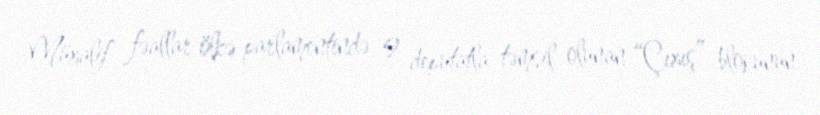
Müxalif fəallar ölkə parlamentində 9 deputatla təmsil olunan “Çıxış” blokunun